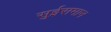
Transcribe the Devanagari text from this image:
सुईसमान